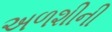
અળશીની